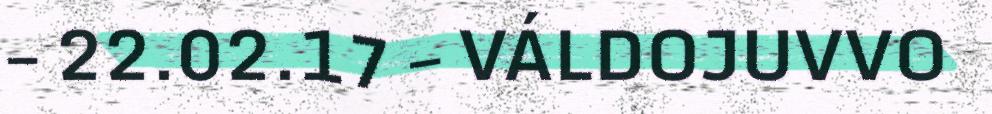
– 22.02.17 – VÁLDOJUVVO